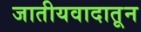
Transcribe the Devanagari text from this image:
जातीयवादातून